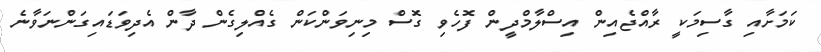
ކަމަށާއި ގާސިމަކީ ރާއްޖެއިން އިސްލާމްދީން ފޮހެވި ގޮސް މިނިވަންކަން ގެއްލިގެން ދާން އެދިވަޑައިގަންނަވާނެ